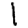
Digit: 1